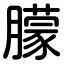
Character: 朦